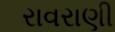
રાવરાણી